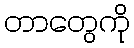
တာတွေကို